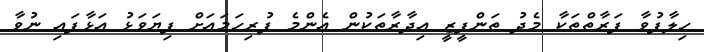
ހިލާފުވާ ފަރާތްތަކާ މެދު ތަންފީޒީ އިދާރާތަކުން އެންމެ ފުރިހަމައަށް ފިޔަވަޅު އަޅާފައި ނުވާ